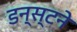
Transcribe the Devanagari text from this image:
डन्स्टने